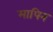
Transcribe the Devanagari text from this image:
मापिन